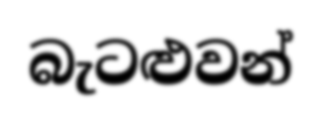
බැටළුවන්